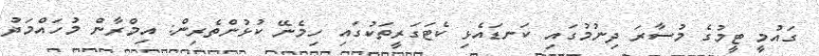
ގައުމީ ޓީމުގެ މުސާރަ ދިނުމުގައި ކަނޑައެޅި ކެޓަގަރީތަކުގައި ހިމެނޭ ކުޅުންތެރިން: އިމްރާން މުހައްމަދު